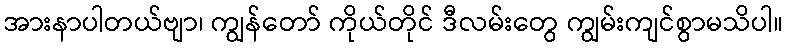
အားနာပါတယ်ဗျာ၊ ကျွန်တော် ကိုယ်တိုင် ဒီလမ်းတွေ ကျွမ်းကျင်စွာမသိပါ။